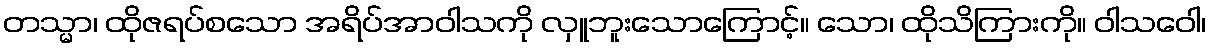
တသ္မာ၊ ထိုဇရပ်စသော အရိပ်အာဝါသကို လှူဘူးသောကြောင့်။ သော၊ ထိုသိကြားကို။ ဝါသဝေါ၊